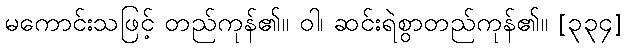
မကောင်းသဖြင့် တည်ကုန်၏။ ဝါ၊ ဆင်းရဲစွာတည်ကုန်၏။ [၃၃၄]